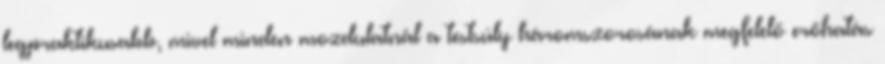
legpraktikusabb, mivel minden mozdulatnál a testsúly háromszorosának megfelelő erőhatás